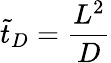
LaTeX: \tilde{t}_{D}=\frac{L^{2}}{D}